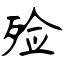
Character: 殓